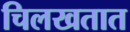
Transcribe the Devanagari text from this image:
चिलखतात